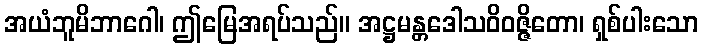
အယံဘူမိဘာဂေါ၊ ဤမြေအရပ်သည်။ အဋ္ဌမန္တဒေါသဝိဝဇ္ဇိတော၊ ရှစ်ပါးသော